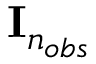
{ \mathbf I } _ { n _ { o b s } }